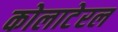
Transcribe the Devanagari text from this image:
कोलाटेरल